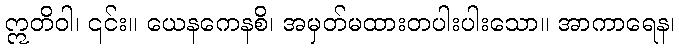
ဣတိဝါ၊ ၎င်း။ ယေနကေနစိ၊ အမှတ်မထားတပါးပါးသော။ အာကာရေန၊